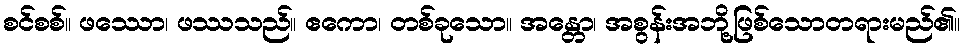
စင်စစ်။ ဖဿော၊ ဖဿသည်။ ဧကော၊ တစ်ခုသော။ အန္တော၊ အစွန်းအဘို့ဖြစ်သောတရားမည်၏။